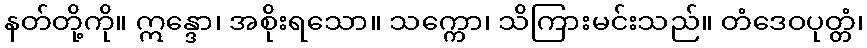
နတ်တို့ကို။ ဣန္ဒော၊ အစိုးရသော။ သက္ကော၊ သိကြားမင်းသည်။ တံဒေဝပုတ္တံ၊